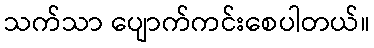
သက်သာ ပျောက်ကင်းစေပါတယ်။